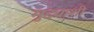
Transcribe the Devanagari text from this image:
मुद्द्याशी